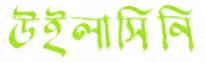
উইলাসিনি